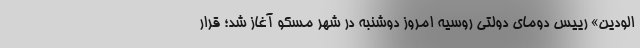
الودین» رییس دومای دولتی روسیه امروز دوشنبه در شهر مسکو آغاز شد؛ قرار